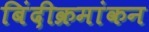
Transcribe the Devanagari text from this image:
बिंदीक्रमांकन